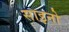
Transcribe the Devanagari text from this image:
साइनो